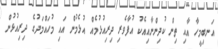
އަނބިމީހާ އާއި ތިން ކުދިންނާއިއެކު އުފާވެރި ދިރިއުޅުމެއް އުޅެމުން އައި މުހައްމަދުގެ ދިރިއުޅުން